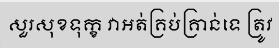
សួរសុខទុក្ខ វាអត់គ្រប់គ្រាន់ទេ ត្រូវ